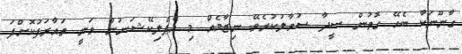
ގާނޫނަކާ ބެހޭ ގޮތުން ސީދާ ސުވާލުކުރެވޭ ނިޒާމެއް މި އެޕްލިކޭޝަނުން ވަނީ ތައާރަފުކޮށްފަ